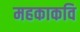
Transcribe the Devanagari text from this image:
महकाकवि